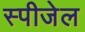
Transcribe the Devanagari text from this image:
स्पीजेल